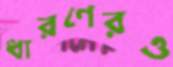
ধারণেরও